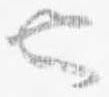
也